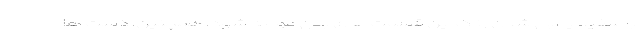
با سفید یا آبی شدن رنگ این قسمت های بدن مواجه شود. همچنین، دست ها